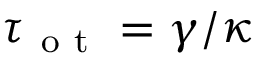
\tau _ { \mathrm { ~ o ~ t ~ } } = \gamma / \kappa